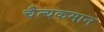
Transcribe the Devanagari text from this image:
चैत्यकमान